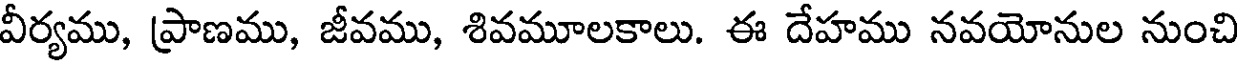
వీర్యము, ప్రాణము, జీవము, శివమూలకాలు. ఈ దేహము నవయోనుల నుంచి